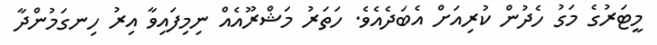
މީޓަރުގެ މަގު ހެދުން ކުރިއަށް އެބަދެއެވެ. ހަތަރު މަޝްރޫއެއް ނިމިފައިވާ އިރު ހިނގަމުންދާ